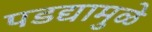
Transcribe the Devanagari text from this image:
पडद्यामुळे